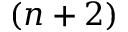
( n + 2 )